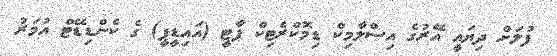
ފުލަށް ދިޔައީ އޭރުގެ އިސްލާމިކް ޑިމޮކްރެޓިކް ޕާޓީ (އައިޑީޕީ) ގެ ކެންޑިޑޭޓް އުމަރު